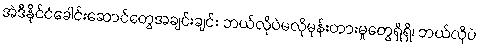
အဲဒီနိုင်ငံခေါင်းဆောင်တွေအချင်းချင်း ဘယ်လိုပဲမလိုမုန်းတားမှုတွေရှိရှိ၊ ဘယ်လိုပဲ